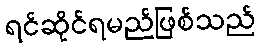
ရင်ဆိုင်ရမည်ဖြစ်သည်